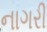
નાગરી